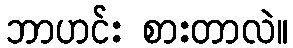
ဘာဟင်း စားတာလဲ။